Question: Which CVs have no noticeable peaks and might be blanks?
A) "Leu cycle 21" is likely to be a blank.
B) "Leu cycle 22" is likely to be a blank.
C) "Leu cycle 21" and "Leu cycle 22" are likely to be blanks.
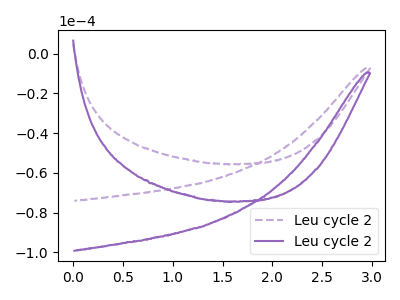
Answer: <think>The purple dashed curve "Leu cycle 21" has no peaks. The purple curve "Leu cycle 22" has no peaks.</think>
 <answer>C) "Leu cycle 21" and "Leu cycle 22" are likely to be blanks.</answer>
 <eval>C</eval>